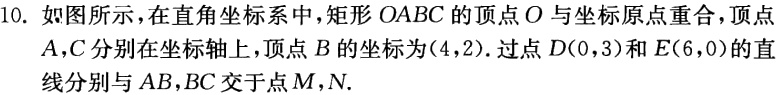
10. 如图所示，在直角坐标系中，矩形\(OABC\)的顶点\(O\)与坐标原点重合，顶点\(A\)，\(C\)分别在坐标轴上，顶点\(B\)的坐标为\((4,2)\)。过点\(D(0,3)\)和\(E(6,0)\)的直线分别与\(AB\)，\(BC\)交于点\(M\)，\(N\)。